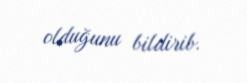
olduğunu bildirib.